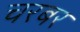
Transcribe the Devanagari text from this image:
चरबर